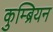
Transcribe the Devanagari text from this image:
कुम्ब्रियन